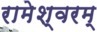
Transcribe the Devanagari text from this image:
रामेश्वरम्‌